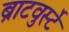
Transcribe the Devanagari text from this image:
ब्राटवुर्स्टे